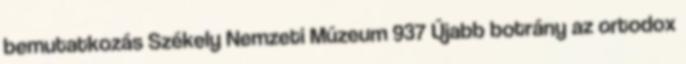
bemutatkozás Székely Nemzeti Múzeum 937 Újabb botrány az ortodox